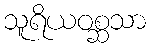
သူရိယဝစ္ဆသာ